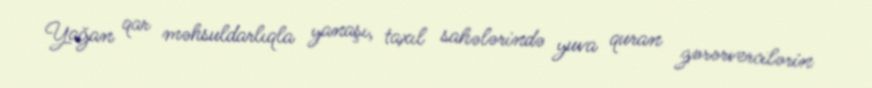
Yağan qar məhsuldarlıqla yanaşı, taxıl sahələrində yuva quran zərərvercilərin